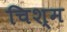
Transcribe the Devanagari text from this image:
चिश्म